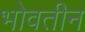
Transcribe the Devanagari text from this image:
भोवतीन